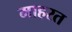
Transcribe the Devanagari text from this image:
माहरत